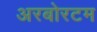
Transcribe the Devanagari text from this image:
अरबोरटम